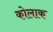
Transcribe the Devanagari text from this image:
कोलाक